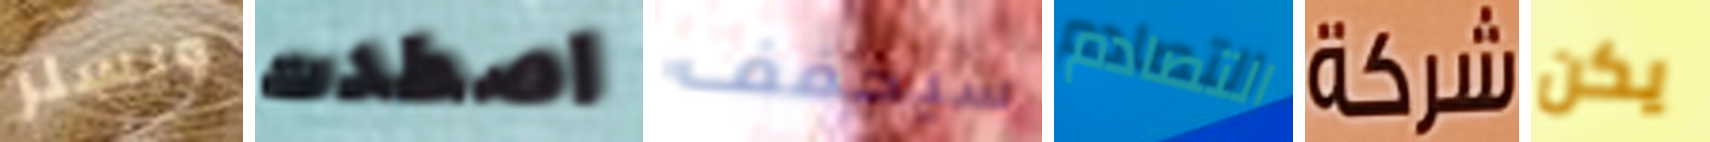
ويسلر اصطدت سيخفف التصادم شركة يكن